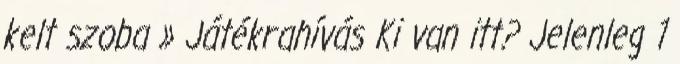
kelt szoba » Játékrahívás Ki van itt? Jelenleg 1